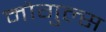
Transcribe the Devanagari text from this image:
मोगुल्स